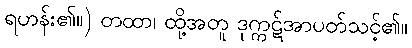
ရဟန်း၏။) တထာ၊ ထို့အတူ ဒုက္ကဋ်အာပတ်သင့်၏။